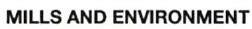
MILLS AND ENVIRONMENT